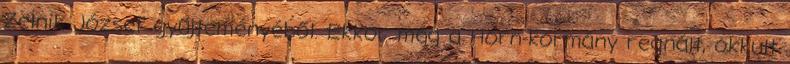
Zelnik József gyűjteményéből. Ekkor még a Horn-kormány regnált, okkult